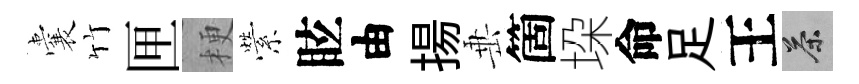
囊竹匣梗縈眩由揚𡸁箇垜命足王茶